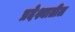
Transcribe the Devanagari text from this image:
प्रदेश्यातील